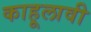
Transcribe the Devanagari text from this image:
काहूलावी